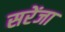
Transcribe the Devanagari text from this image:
सरेंजा